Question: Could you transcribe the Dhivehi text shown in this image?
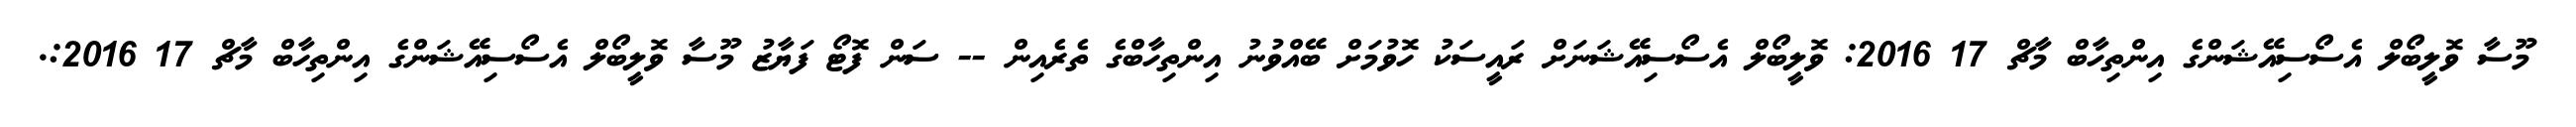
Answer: މޫސާ ވޮލީބޯލް އެސޯސިއޭޝަންގެ އިންތިހާބް މާޗް 17 2016: ވޮލީބޯލް އެސޯސިއޭޝަނަށް ރައީސަކު ހޮވުމަށް ބޭއްވުނު އިންތިހާބްގެ ތެރެއިން -- ސަން ފޮޓޯ ފަޔާޒު މޫސާ ވޮލީބޯލް އެސޯސިއޭޝަންގެ އިންތިހާބް މާޗް 17 2016:.